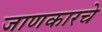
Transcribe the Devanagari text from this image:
जाणकारचे